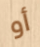
أو